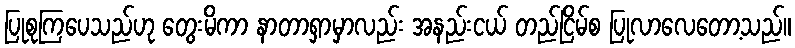
ပြုစုကြပေသည်ဟု တွေးမိကာ နာတာရှာမှာလည်း အနည်းငယ် တည်ငြိမ်စ ပြုလာလေတော့သည်။